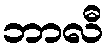
ဘာလီ